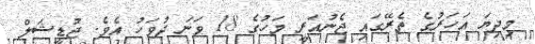
މިދިޔަ އަހަރުގެ ތެރޭގައި ޖެނުއަރީ މަހުގެ 18 ވަނަ ދުވަހު އެވެ. ޖުޑީޝަލް